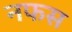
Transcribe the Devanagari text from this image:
नफस